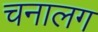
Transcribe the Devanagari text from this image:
चनालग